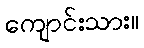
ကျောင်းသား။